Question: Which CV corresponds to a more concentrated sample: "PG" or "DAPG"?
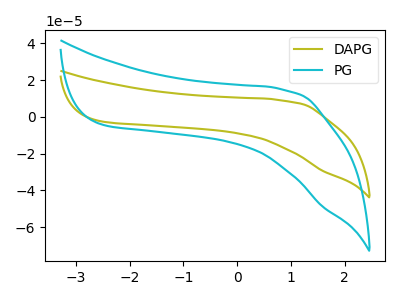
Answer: <think>The olive curve "DAPG" has no peaks. The cyan curve "PG" has no peaks.
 Neither "PG" or "DAPG" have any peaks.</think>
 <answer>I cant tell if "PG" or "DAPG" has higher concentration.</answer>
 <eval>mixed_concentration</eval>